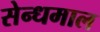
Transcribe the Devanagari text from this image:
सेन्धमाल